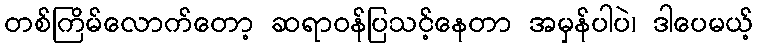
တစ်ကြိမ်လောက်တော့ ဆရာဝန်ပြသင့်နေတာ အမှန်ပါပဲ၊ ဒါပေမယ့်